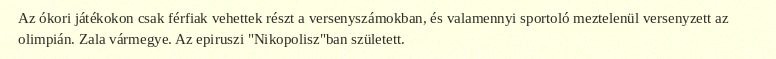
Az ókori játékokon csak férfiak vehettek részt a versenyszámokban, és valamennyi sportoló meztelenül versenyzett az olimpián. Zala vármegye. Az epiruszi "Nikopolisz"ban született.